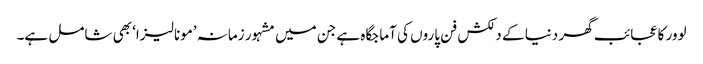
لوور کا عجائب گھر دنیا کے دلکش فن پاروں کی آماجگاہ ہے جن میں مشہور زمانہ ’مونا لیزا‘ بھی شامل ہے۔